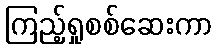
ကြည့်ရှုစစ်ဆေးကာ